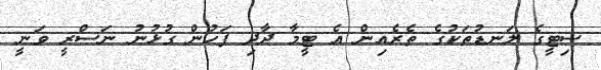
ސިޓީގެ ލަނޑުތަކުގެ ތެރެއިން އެ ޓީމާ ދާދި ފަހުން ގުޅުނު ނަސްރީ ވަނީ